Vabadussoja_Ajaloo_Komitee, lk 25
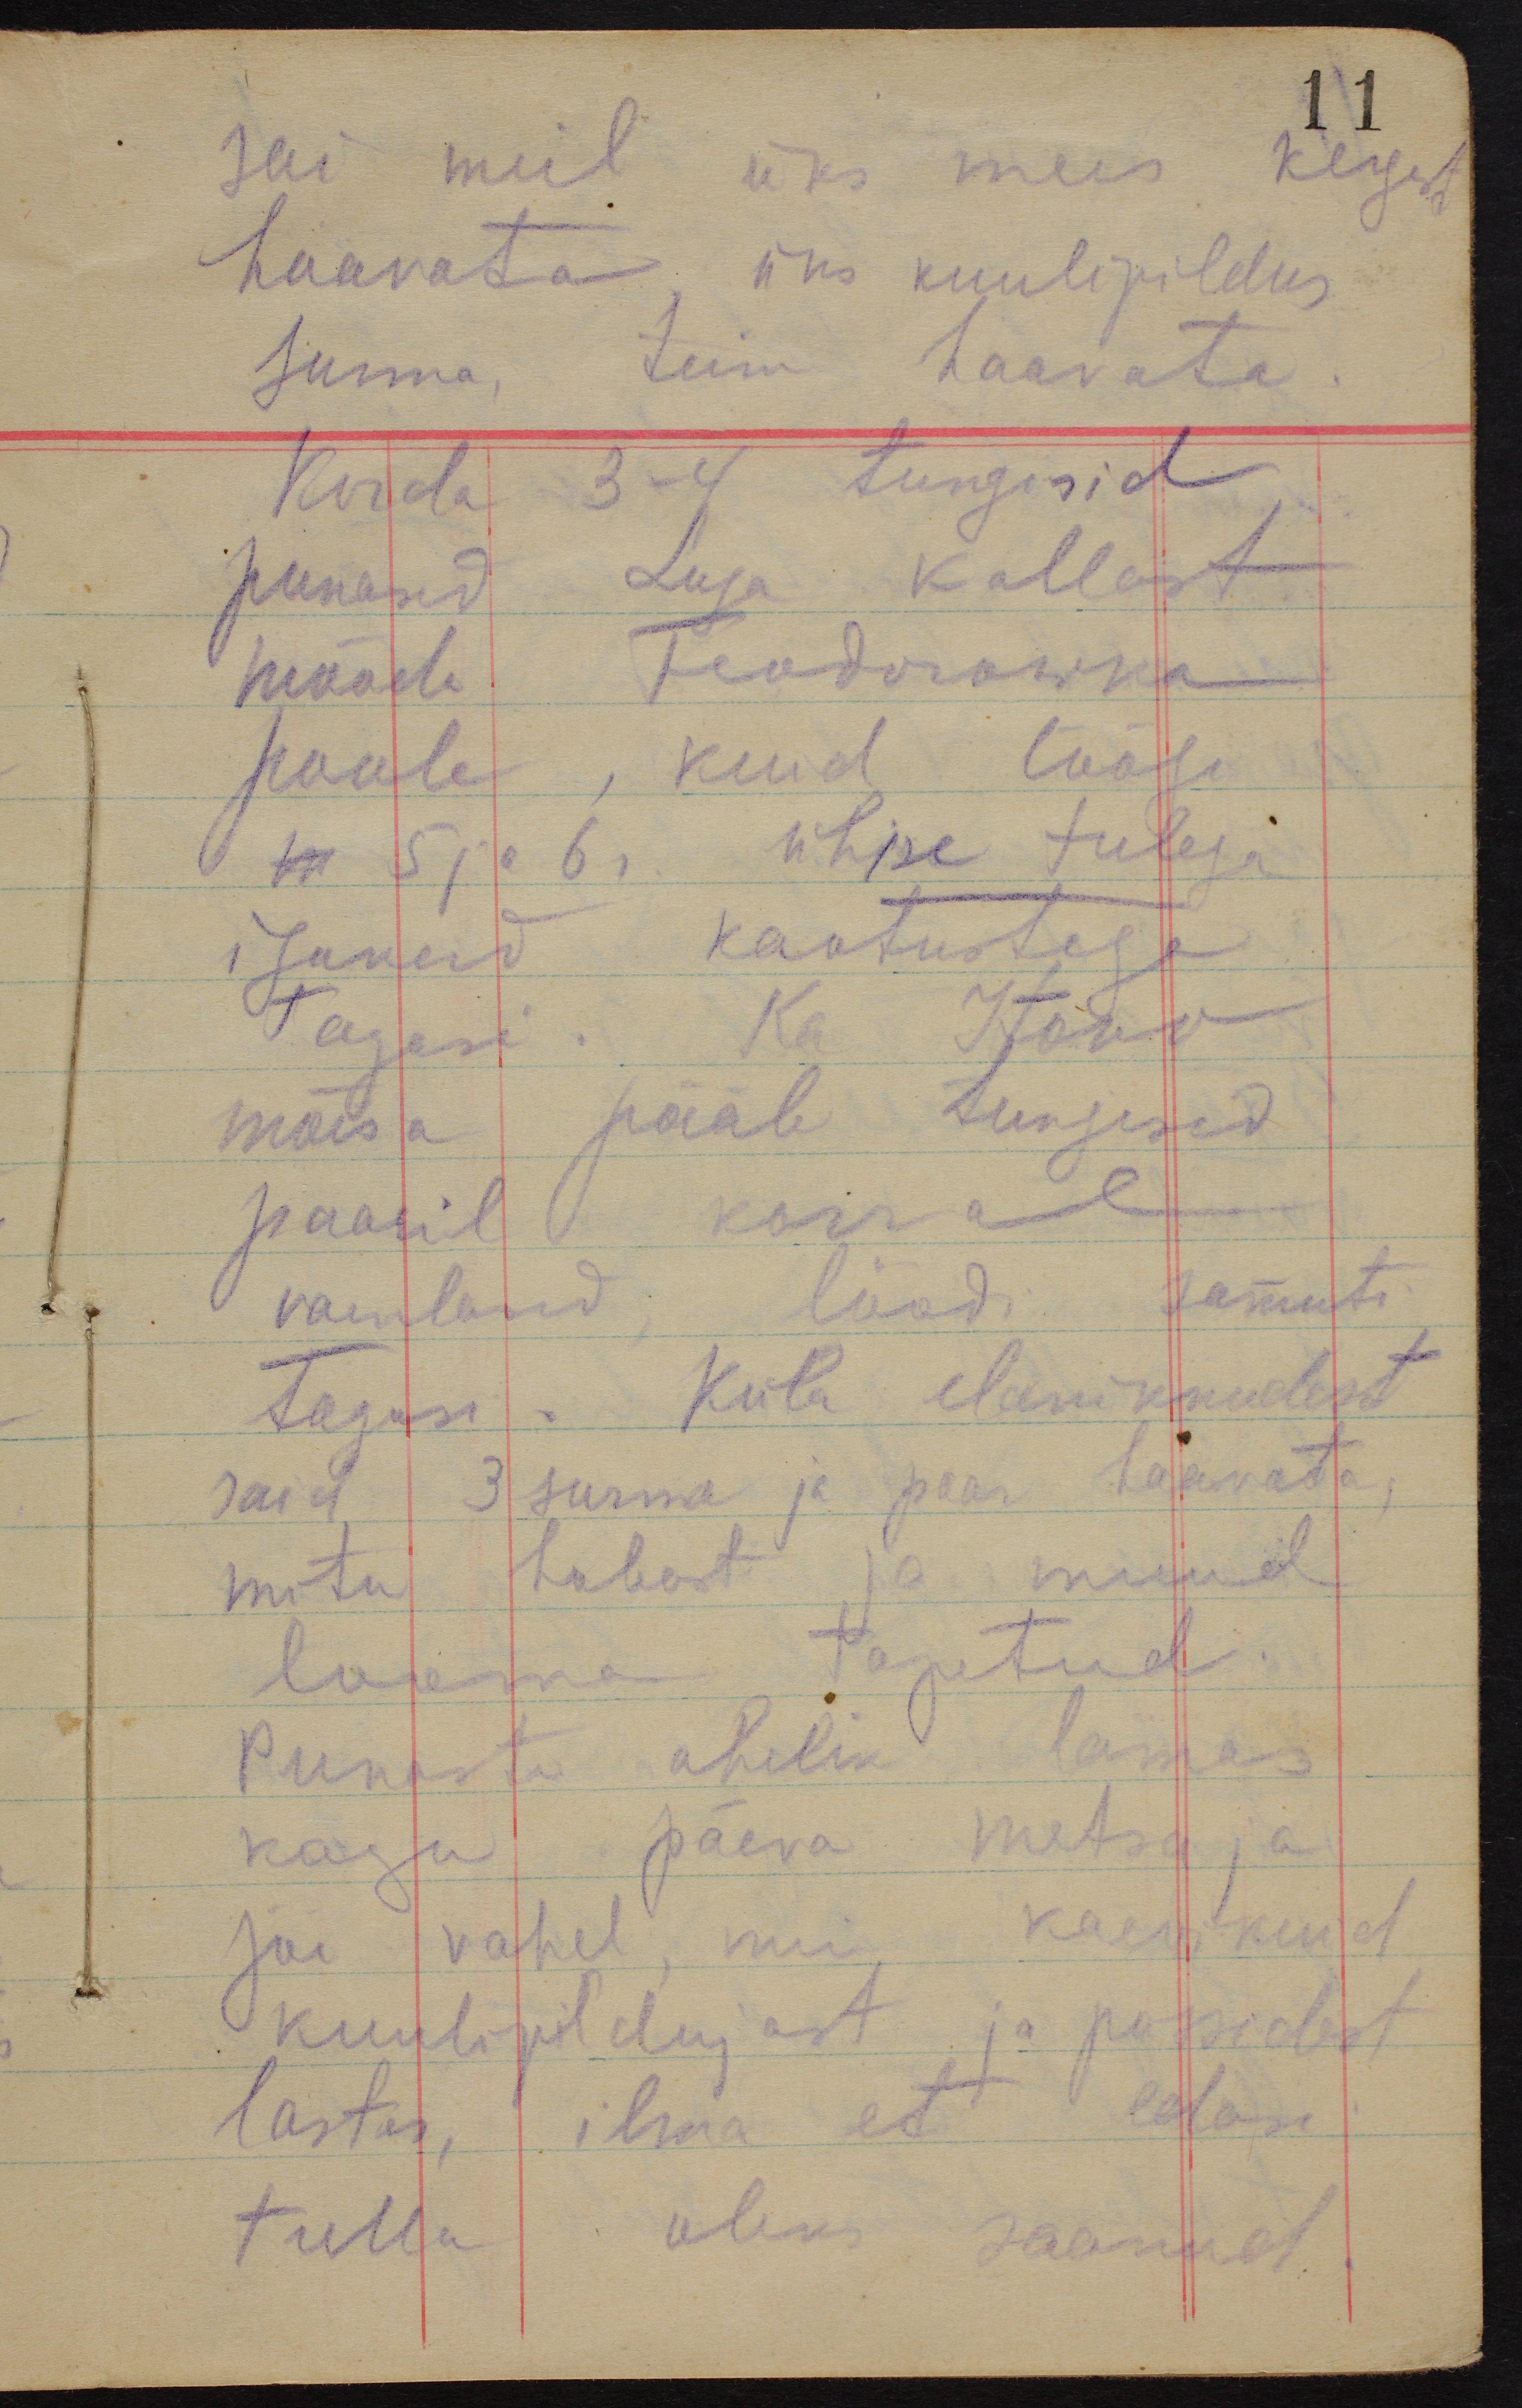
sai meil üks mees kergesti
11
haavata, üks kuulipildur
surma, teine haavata.
Korda 3-4 tungisid
punased Luga kallast
mööda Feodorowka
poole, kuid löögi
m 5 ja 6r. ühise tulega
igakord kaotustega
tagasi. Ka Itovo
mõisa pääle tungisid
paaril korral
vaenlased, löödi samuti
tagasi. Küla elanikkudest
said 3 surma ja paar haavata,
mitu hobust ja muud
looma tapetud.
Punaste ahelik lamas
kogu päeva metsa ja
jõe vahel, meie kaevikuid
kuulipildujast ja püssidest
lastes, ilma et edasi
tulla oleks saanud.